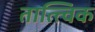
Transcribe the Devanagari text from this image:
तात्‍त्‍विक